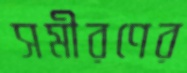
সমীরণের